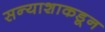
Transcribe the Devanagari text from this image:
सन्याशाकडून